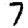
Digit: 7